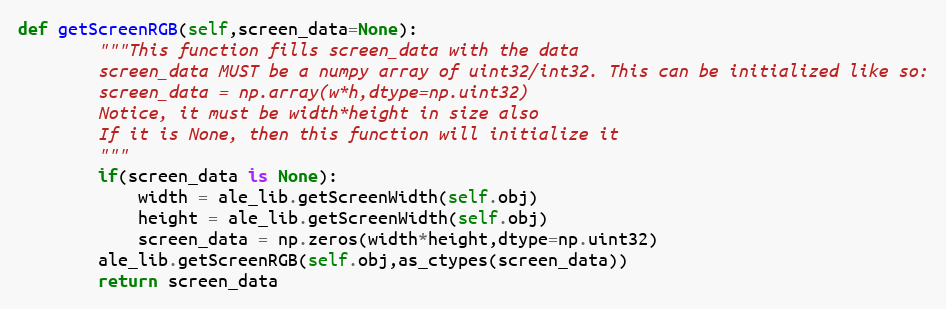
Language: Python
def getScreenRGB(self,screen_data=None):
        """This function fills screen_data with the data
        screen_data MUST be a numpy array of uint32/int32. This can be initialized like so:
        screen_data = np.array(w*h,dtype=np.uint32)
        Notice, it must be width*height in size also
        If it is None, then this function will initialize it
        """
        if(screen_data is None):
            width = ale_lib.getScreenWidth(self.obj)
            height = ale_lib.getScreenWidth(self.obj)
            screen_data = np.zeros(width*height,dtype=np.uint32)
        ale_lib.getScreenRGB(self.obj,as_ctypes(screen_data))
        return screen_data